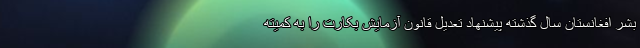
بشر افغانستان سال گذشته پیشنهاد تعدیل قانون آزمایش بکارت را به کمیته